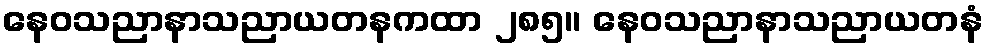
နေဝသညာနာသညာယတနကထာ ၂၈၅။ နေဝသညာနာသညာယတနံ